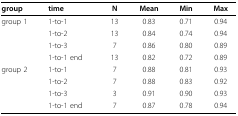
| group | time | N | Mean | Min | Max |
 | --- | --- | --- | --- | --- | --- |
 | group 1 | 1-to-1 | 13 | 0.83 | 0.71 | 0.94 |
 |  | 1-to-2 | 13 | 0.84 | 0.74 | 0.94 |
 |  | 1-to-3 | 7 | 0.86 | 0.80 | 0.89 |
 |  | 1-to-1 end | 13 | 0.82 | 0.72 | 0.89 |
 | group 2 | 1-to-1 | 7 | 0.88 | 0.81 | 0.93 |
 |  | 1-to-2 | 7 | 0.88 | 0.83 | 0.92 |
 |  | 1-to-3 | 3 | 0.91 | 0.90 | 0.93 |
 |  | 1-to-1 end | 7 | 0.87 | 0.78 | 0.94 |